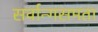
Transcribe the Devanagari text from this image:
सर्वान्गसमता